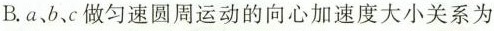
B.a、b、c做匀速圆周运动的向心加速度大小关系为